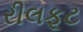
રીલફૂટ